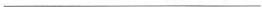
___